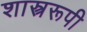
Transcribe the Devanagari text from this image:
शास्त्ररूपी